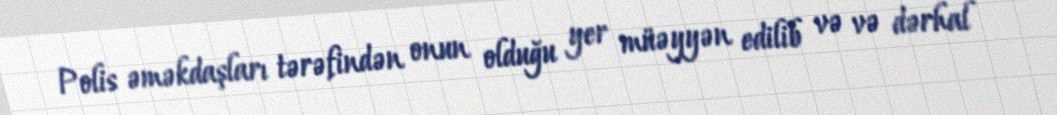
Polis əməkdaşları tərəfindən onun olduğu yer müəyyən edilib və və dərhal